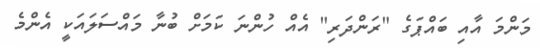
މަންމަ އާއި ބައްޕަގެ "ރަންދަރި" އެއް ހުންނަ ކަމަށް ބުނާ މައްސަލައަކީ އެންމެ